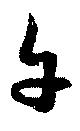
午